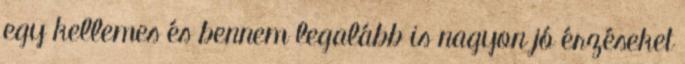
egy kellemes és bennem legalább is nagyon jó érzéseket